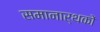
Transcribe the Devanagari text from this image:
समानार्थकों